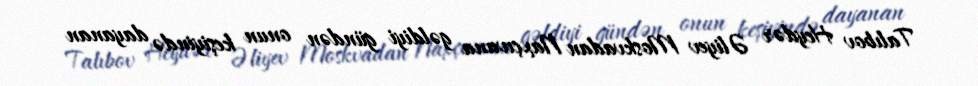
Talıbov Heydər Əliyev Moskvadan Naxçıvana gəldiyi gündən onun keşiyində dayanan